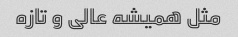
مثل همیشه عالی و تازه